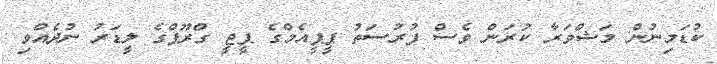
ކުޑަމިނުން މަޝްވަރާ ކުރަން ވެސް ފުރުސަތު ޕީޕީއެމްގެ ޕީޖީ ގްރޫޕްގެ ލީޑަރު ނުދެއްވި